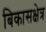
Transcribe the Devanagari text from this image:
बिकासक्षेत्र